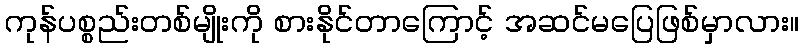
ကုန်ပစ္စည်းတစ်မျိုးကို စားနိုင်တာကြောင့် အဆင်မပြေဖြစ်မှာလား။